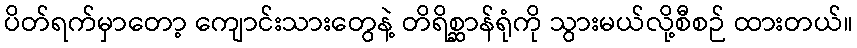
ပိတ်ရက်မှာတော့ ကျောင်းသားတွေနဲ့ တိရိစ္ဆာန်ရုံကို သွားမယ်လို့စီစဉ် ထားတယ်။